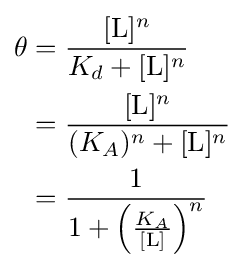
{\begin{aligned}\theta &={[{\ce {L}}]^{n} \over K_{d}+[{\ce {L}}]^{n}}\\&={[{\ce {L}}]^{n} \over (K_{A})^{n}+[{\ce {L}}]^{n}}\\&={1 \over 1+\left({K_{A} \over [{\ce {L}}]}\right)^{n}}\end{aligned}}